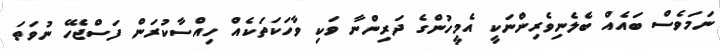
ނަމަވެސް ބައެއް ބެލެނިވެރިންނަކީ އެމީހުންގެ ދަރިންނާ ވަކި ވާހަކަތަކެއް ހިއްސާކުރަން ފަސްޖެހޭ ނުވަތަ